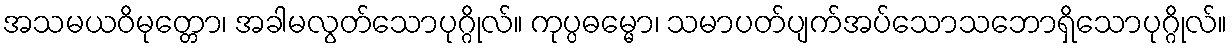
အသမယဝိမုတ္တော၊ အခါမလွတ်သောပုဂ္ဂိုလ်။ ကုပ္ပဓမ္မော၊ သမာပတ်ပျက်အပ်သောသဘောရှိသောပုဂ္ဂိုလ်။